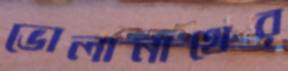
ভোলানাথের